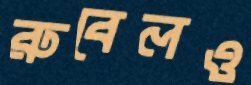
রুবেলও